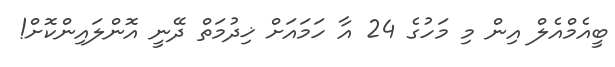
ބީއެމްއެލް އިން މި މަހުގެ 24 އާ ހަމައަށް ޚިދުމަތް ދޭނީ އޮންލައިންކޮށް!